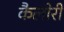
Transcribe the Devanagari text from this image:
कैलीरी